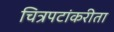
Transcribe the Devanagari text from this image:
चित्रपटांकरीता